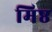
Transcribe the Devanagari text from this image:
मिष्ठ